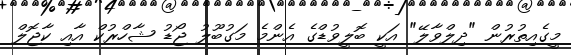
މީގެއިތުރުން "ދިލްވާލޭ" އަކީ ބޮލީވުޑްގެ އެންމެ މަގުބޫލު ޖޯޑު ޝާހްރުކް އާއި ކާޖޮލް